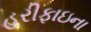
હરીફાઇના